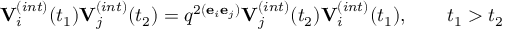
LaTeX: { \bf V } _ { i } ^ { ( i n t ) } ( t _ { 1 } ) { \bf V } _ { j } ^ { ( i n t ) } ( t _ { 2 } ) = q ^ { 2 ( { \bf e } _ { i } { \bf e } _ { j } ) } { \bf V } _ { j } ^ { ( i n t ) } ( t _ { 2 } ) { \bf V } _ { i } ^ { ( i n t ) } ( t _ { 1 } ) , \qquad t _ { 1 } > t _ { 2 }